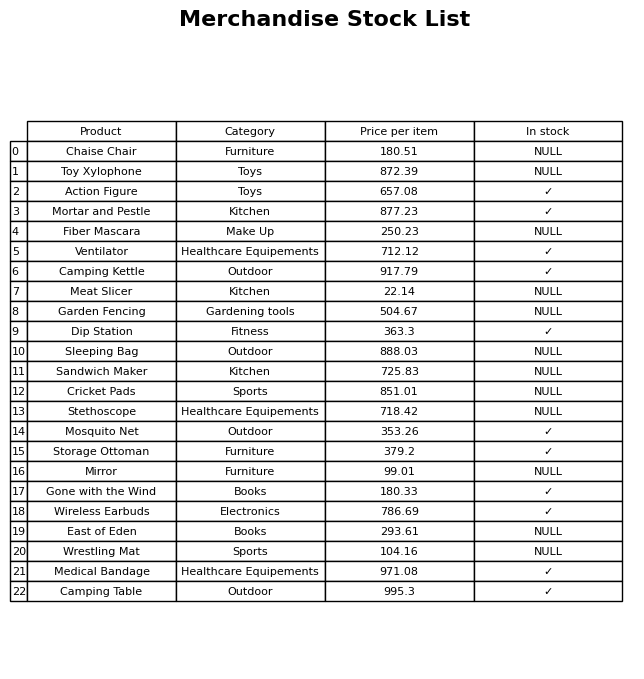
question: What is the price of the Meat Slicer?
answer: The price of Meat Slicer is 22.14.